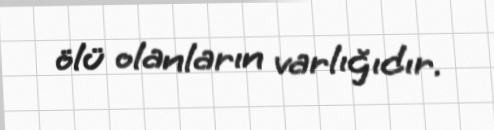
ölü olanların varlığıdır.